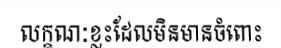
លក្ខណៈខ្លះដែលមិនមានចំពោះ